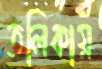
তলিকায়